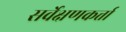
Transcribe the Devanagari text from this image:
सर्वेक्षणकर्त्ता